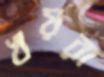
খয়রা